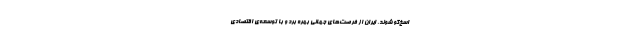
اسخ‌گو شوند. ایران از فرصت‌های جهانی بهره برد و با توسعه‌ی اقتصادی